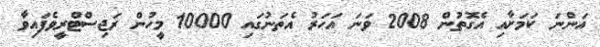
އަންނަ ކަމަށާއި އެގޮތުން 2008 ވަނަ އަހަރު އެތަނުގައި 10000 މީހުން ރަޖިސްޓްރީވެފައިވާ